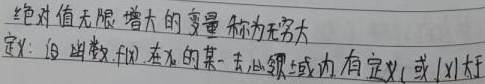
绝对值无限增大的变量称为无穷大。定义：设函数\(f(x)\)在\(x\)的某一去心邻域内有定义，或\(|x|\)大于